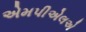
એમપીએલએ